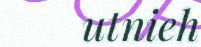
utnieh